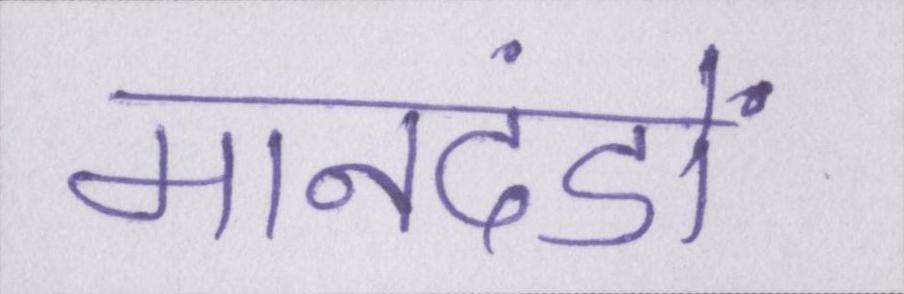
मानदंडों